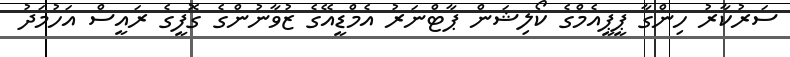
ސަރުކާރު ހިންގާ ޕީޕީއެމްގެ ކޯލިޝަން ޕާޓްނަރު އެމްޑީއޭގެ ޒުވާނުންގެ ގޮފީގެ ރައީސް އަހުމަދު